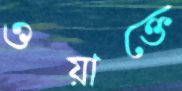
ওয়াক্তে